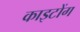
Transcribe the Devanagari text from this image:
काइटोंग